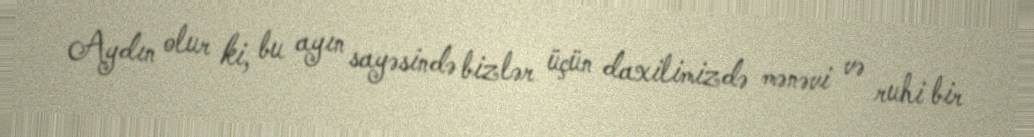
Aydın olur ki, bu ayın sayəsində bizlər üçün daxilimizdə mənəvi və ruhi bir